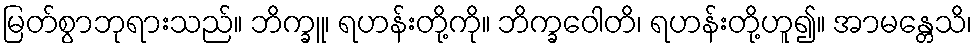
မြတ်စွာဘုရားသည်။ ဘိက္ခူ၊ ရဟန်းတို့ကို။ ဘိက္ခဝေါတိ၊ ရဟန်းတို့ဟူ၍။ အာမန္တေသိ၊